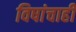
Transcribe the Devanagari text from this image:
विषांचाही